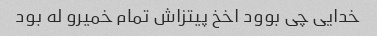
خدایی چی بوود اخخ پیتزاش تمام خمیرو له بود